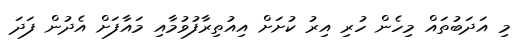
މި އަދަބުތައް މިހެން ހުރި އިރު ކުށަށް އިއުތިރާފުވުމާއި މައާފަށް އެދުން ފަދަ